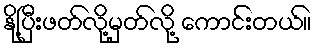
နို့ပြီးဖတ်လို့မှတ်လို့ ကောင်းတယ်။